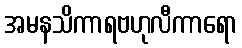
အမနသိကာရဗဟုလီကာရော